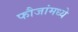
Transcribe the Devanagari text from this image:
फौजांमध्ये